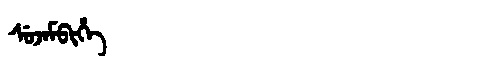
Manchu: ᠰᡠᠵᠠᠮᠪᡳᡥᡝ
Romanization: SUJAMBIHE